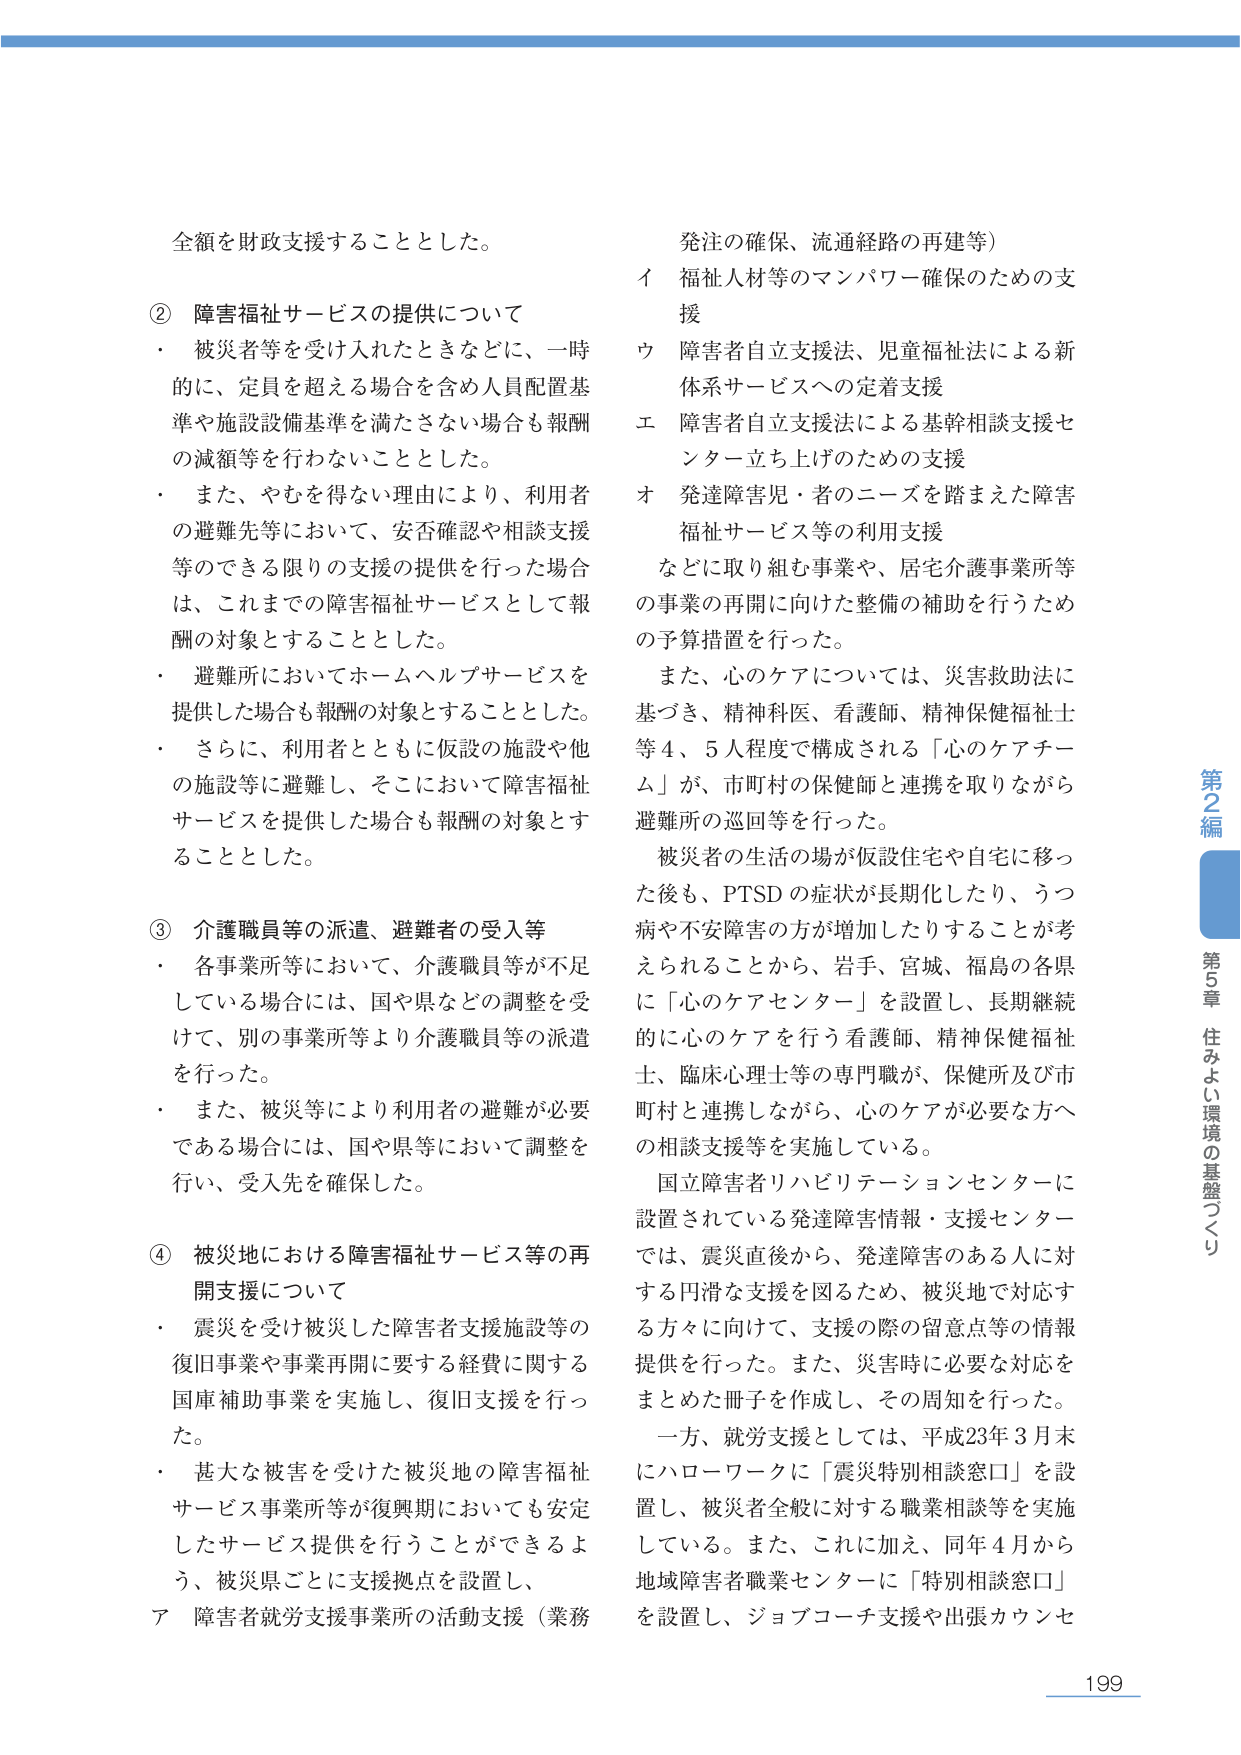
全額を財政支援することとした。

② 障害福祉サービスの提供について
・ 被災者等を受け入れたときなどに、一時的に、定員を超える場合を含め人員配置基準や施設設備基準を満たさない場合も報酬の減額等を行わないこととした。
・ また、やむを得ない理由により、利用者の避難先等において、安否確認や相談支援等のできる限りの支援の提供を行った場合は、これまでの障害福祉サービスとして報酬の対象とすることとした。
・ 避難所においてホームヘルプサービスを提供した場合も報酬の対象とすることとした。
・ さらに、利用者とともに仮設の施設や他の施設等に避難し、そこにおいて障害福祉サービスを提供した場合も報酬の対象とすることとした。

③ 介護職員等の派遣、避難者の受入等
・ 各事業所等において、介護職員等が不足している場合には、国や県などの調整を受けて、別の事業所等より介護職員等の派遣を行った。
・ また、被災等により利用者の避難が必要である場合には、国や県等において調整を行い、受入先を確保した。

④ 被災地における障害福祉サービス等の再開支援について
・ 震災を受け被災した障害者支援施設等の復旧事業や事業再開に要する経費に関する国庫補助事業を実施し、復旧支援を行った。
・ 甚大な被害を受けた被災地の障害福祉サービス事業所等が復興期においても安定したサービス提供を行うことができるよう、被災県ごとに支援拠点を設置し、
ア 障害者就労支援事業所の活動支援（業務

発注の確保、流通経路の再建等）
イ 福祉人材等のマンパワー確保のための支援
ウ 障害者自立支援法、児童福祉法による新体系サービスへの定着支援
エ 障害者自立支援法による基幹相談支援センター立ち上げのための支援
オ 発達障害児・者のニーズを踏まえた障害福祉サービス等の利用支援

などに取り組む事業や、居宅介護事業所等の事業の再開に向けた整備の補助を行うための予算措置を行った。

また、心のケアについては、災害救助法に基づき、精神科医、看護師、精神保健福祉士等４、５人程度で構成される「心のケアチーム」が、市町村の保健師と連携を取りながら避難所の巡回等を行った。

被災者の生活の場が仮設住宅や自宅に移った後も、PTSDの症状が長期化したり、うつ病や不安障害の方が増加したりすることが考えられることから、岩手、宮城、福島の各県に「心のケアセンター」を設置し、長期継続的に心のケアを行う看護師、精神保健福祉士、臨床心理士等の専門職が、保健所及び市町村と連携しながら、心のケアが必要な方への相談支援等を実施している。

国立障害者リハビリテーションセンターに設置されている発達障害情報・支援センターでは、震災直後から、発達障害のある人に対する円滑な支援を図るため、被災地で対応する方々に向けて、支援の際の留意点等の情報提供を行った。また、災害時に必要な対応をまとめた冊子を作成し、その周知を行った。

一方、就労支援としては、平成23年3月末にハローワークに「震災特別相談窓口」を設置し、被災者全般に対する職業相談等を実施している。また、これに加え、同年4月から地域障害者職業センターに「特別相談窓口」を設置し、ジョブコーチ支援や出張カウンセ

第2編
第5章 住みよい環境の基盤づくり

199